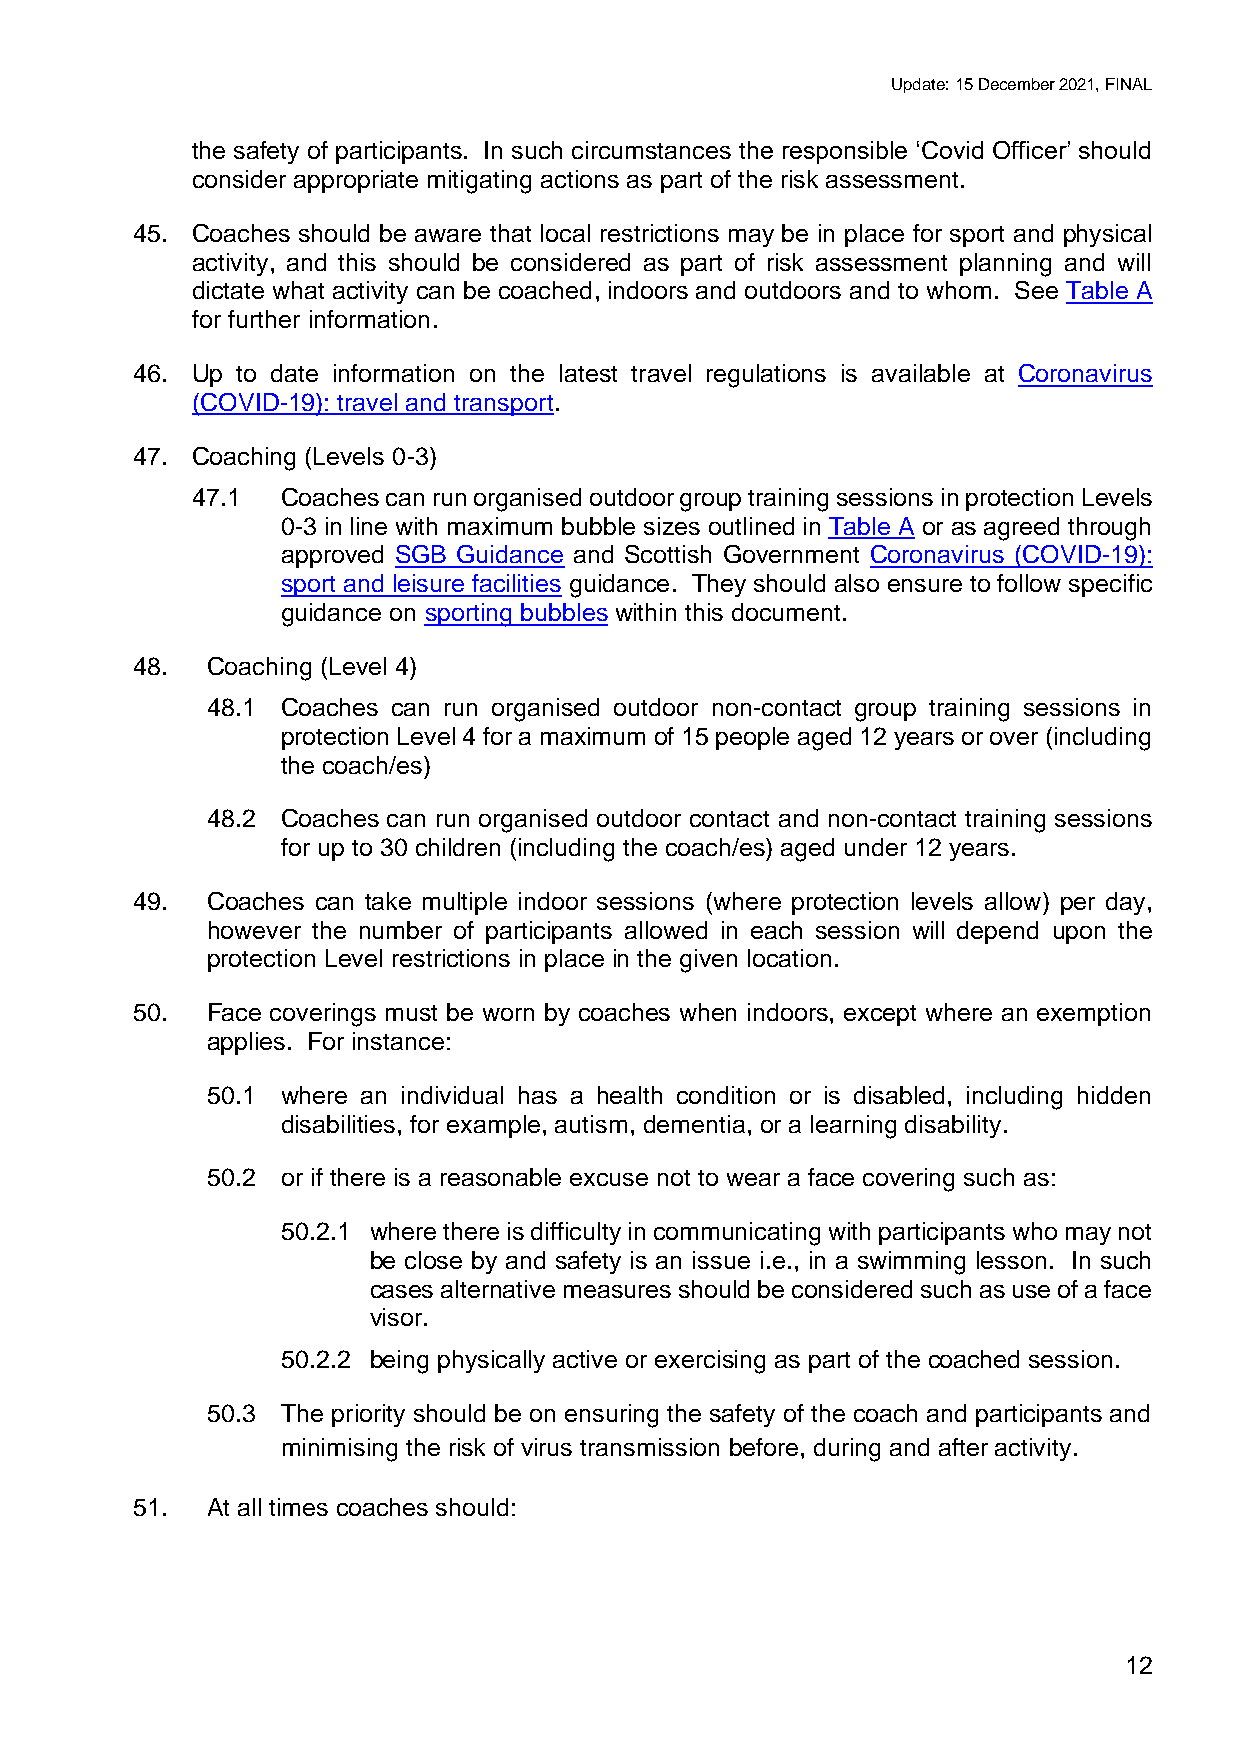
Update: 15 December 2021, FINAL
 the safety of participants. In such circumstances the responsible ‘Covid Officer’ should
 consider appropriate mitigating actions as part of the risk assessment.
 45. Coaches should be aware that local restrictions may be in place for sport and physical
 activity, and this should be considered as part of risk assessment planning and will
 dictate what activity can be coached, indoors and outdoors and to whom. See Table A
 for further information.
 46. Up to date information on the latest travel regulations is available at Coronavirus
 (COVID-19): travel and transport.
 47. Coaching (Levels 0-3)
 47.1  Coaches can run organised outdoor group training sessions in protection Levels
 0-3 in line with maximum bubble sizes outlined in Table A or as agreed through
 approved SGB Guidance and Scottish Government Coronavirus (COVID-19):
 sport and leisure facilities guidance. They should also ensure to follow specific
 guidance on sporting bubbles within this document.
 48.  Coaching (Level 4)
 48.1 Coaches can run organised outdoor non-contact group training sessions in
 protection Level 4 for a maximum of 15 people aged 12 years or over (including
 the coach/es)
 48.2 Coaches can run organised outdoor contact and non-contact training sessions
 for up to 30 children (including the coach/es) aged under 12 years.
 49.  Coaches can take multiple indoor sessions (where protection levels allow) per day,
 however the number of participants allowed in each session will depend upon the
 protection Level restrictions in place in the given location.
 50.  Face coverings must be worn by coaches when indoors, except where an exemption
 applies. For instance:
 50.1 where an individual has a health condition or is disabled, including hidden
 disabilities, for example, autism, dementia, or a learning disability.
 50.2 or if there is a reasonable excuse not to wear a face covering such as:
 50.2.1 where there is difficulty in communicating with participants who may not
 be close by and safety is an issue i.e., in a swimming lesson. In such
 cases alternative measures should be considered such as use of a face
 visor.
 50.2.2 being physically active or exercising as part of the coached session.
 50.3 The priority should be on ensuring the safety of the coach and participants and
 minimising the risk of virus transmission before, during and after activity.
 51.  At all times coaches should:
 12